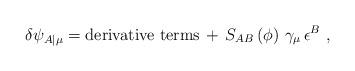
LaTeX: \begin{align*}\delta \psi _{A\vert \mu} = \mbox{derivative terms} \, + \, S_{AB} \left( \phi \right) \, \gamma_\mu \, \epsilon^B~,\end{align*}